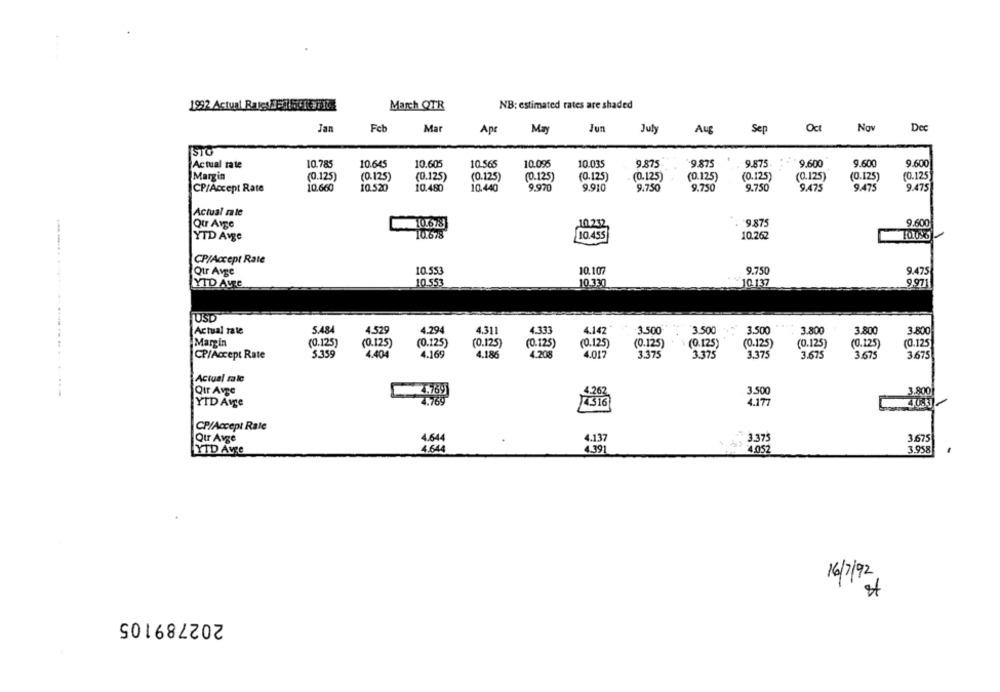
NB: estimated rates are shaded
1992 Actual Rates /5353137374
March OTR
Jan
Feb
Mar
Apt
May
Jun
July
Auf
Sep
Oct
Nov
Dec
STO
Actual rate
10.785
10.645
10.605
10.565
10.095
10.035
9.875
-9.875
9.875
9.600
9.600
9.600
Margin
(0.125)
(0.125)
(0.125)
(0.125)
(0.125)
(0.125)
(0.125)
(0.125)
(0.125)
(0.125)
(0.125)
(0.125
9.970
9.475
CP/Accept Rate
10.660
10.520
10.480
10.440
9.910
9.750
9.750
9.750
9.475
9.475
Actual rate
9.875
Qur Arge
10.678
10.232
9.600
10.678
YTD Avge
10.455
10.262
CP/Accept Rate
10.553
10.107
9.750
Qtr Avge
9.475
YTD AVe
10.553
10.330
10.137
9,971
USD
Actual rale
5.484
4.529
4.294
4.311
4.333
4.142
3.500
3.500
3.500
3.800
3.800
3.800
Margin
(0.125)
(0.125)
(0.125)
(0.125)
(0.125)
(0.125)
(0.125)
(0.125)
(0.125)
(0.125)
(0.125)
(0.125
CP/Accept Rate
5.359
4.404
4.169
4.186
4.208
4.017
3.375
3.375
3.375
3.675
3.675
3.675
Actual ralo
......... . .................
Qir Avge
3.500
3,800
4.177
YID Ave
1316
CP/Accept Rate
Qur Avge
4.644
4.137
3.373
3.675
YID Avre
4.644
4.391
4.052
3.958
16/7/92
202789105